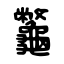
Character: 龞